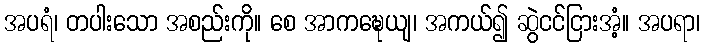
အပရံ၊ တပါးသော အစည်းကို။ စေ အာကဍ္ဎေယျ၊ အကယ်၍ ဆွဲငင်ငြားအံ့။ အပရာ၊